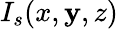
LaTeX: I_{s}(x,\mathbf{y},z)